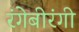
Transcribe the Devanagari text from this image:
रंगेबीरंगी